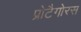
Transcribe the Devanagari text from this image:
प्रोटैगोरस